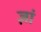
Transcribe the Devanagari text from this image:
ज़ां